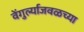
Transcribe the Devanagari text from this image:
वेंगुर्ल्याजवळच्या